Vaccination in Bombay 1874-1876 - 1874-1876
Year: 1874
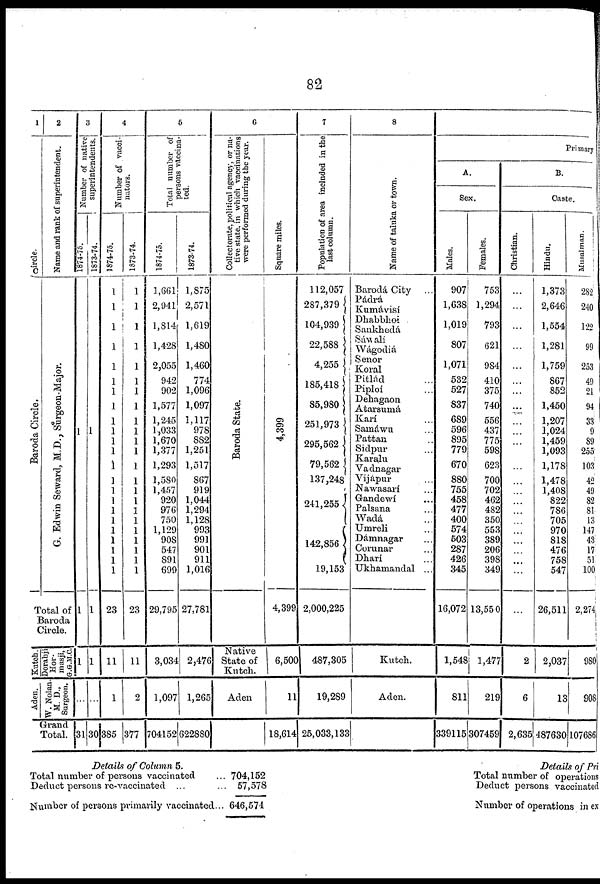
82
1
Circle.
Baroda Circle.
2
Name and rank of superintendent.
G. Edwin Seward, M.D., Surgeon-Major.
Total of
Baroda
Circle.
Kutch.
Aden.
Dorabji
Hor¬
masji,
G.G.M.C.
W. Nolan¬
M. D.,
Surgeon.
Grand
Total.
3
Number of native
superintendents.
1874-75.
1
1
1
...
31
1873-74.
1
1
1
...
30
4
Number of vacci¬
nators.
1874-75.
1
1
1
1
1
1
1
1
1
1
1
1
1
1
1
1
1
1
1
1
1
1
1
23
11
1
385
1873-74.
1
1
1
1
1
1
1
1
1
1
1
1
1
1
1
1
1
1
1
1
1
1
1
23
11
2
377
5
Total number of
persons vaccina-
ted.
1874-75.
1,661
2,941
1,814
1,428
2,055
942
902
1,577
1,245
1,033
1,670
1,377
1,293
1,580
1,457
920
976
750
1,129
908
547
891
699
29,795
3,034
1,097
704152
1873-74.
1,875
2,571
1,619
1,480
1,460
774
1,096
1,097
1,117
978
882
1,251
1,517
867
919
1,044
1,294
1,128
993
991
901
911
1,016
27,781
2,476
1,265
622880
6
Collectorate, political agency, or na-
tive state, in which vaccinations
were performed during the year.
Baroda State.
Native
State of
Kutch.
Aden
Square miles.
4,399
4,399
6,500
11
18,614
7
Population of area included in the
last column.
112,057
287,379
104,939
22,588
4,255
185,418
85,980
251,973
295,562
79,562
137,248
241,255
142,856
19,153
2,000,225
487,305
19,289
25,033,133
8
Name of taluka or town.
Barodá City ...
Pádrá
Kumávisí
Dhabbhoi
Sankhedá
Sáwalí
Wágodiá
Senor
Koral
Pitlád ...
Piploí ...
Dehagaon
Atarsumá
Karí ...
Samáwu ...
Pattan ...
Sidpur ...
Karalu
Vadnagar
Vijápur ...
Nawasarí ...
Gandewí ...
Palsana ...
Wadá ...
Umreli ...
Dámnagar ...
Corunar ...
Dharí ...
Ukhamandal ...
Kutch.
Aden.
Primary
A.
Sex.
Males.
907
1,638
1,019
807
1,071
532
527
837
689
596
895
779
670
880
755
458
477
400
574
503
287
426
345
16,072
1,548
811
339115
Females.
753
1,294
793
621
984
410
375
740
556
437
775
598
623
700
702
462
482
350
553
389
206
398
349
13,550
1,477
219
307459
B.
Caste.
Christian.
...
...
...
...
...
...
...
...
...
...
...
...
...
...
...
...
...
...
...
...
...
...
...
2
6
2,635
Hindu.
1,373
2,646
1,554
1,281
1,759
867
852
1,450
1,207
1,024
1,459
1,093
1,178
1,478
1,408
822
786
705
970
818
476
758
547
26,511
2,037
13
487630
Musalman.
282
240
122
99
253
49
21
94
33
9
89
255
103
42
49
82
81
13
147
43
17
51
100
2,274
980
908
107686
Details of Column 5.
Total number of persons vaccinated ...
Deduct persons re-vaccinated ... ...
Number of persons primarily vaccinated...
704,152
57,578
646,574
Details of Pri
Total number of operations
Deduct persons vaccinated
Number of operations in ex